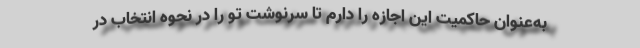
به‌عنوان حاکمیت این اجازه را دارم تا سرنوشت تو را در نحوه انتخاب در